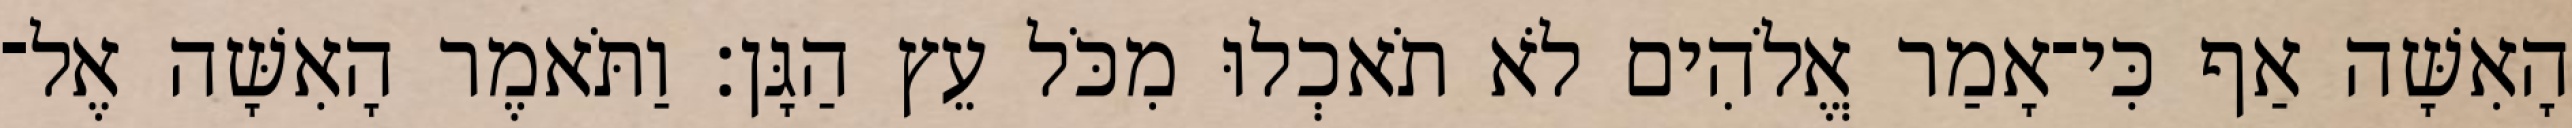
הָאִשָּׁה אַף כִּי־אָמַר אֱלֹהִים לֹא תֹאכְלוּ מִכֹּל עֵץ הַגָּן׃ וַתֹּאמֶר הָאִשָּׁה אֶל־